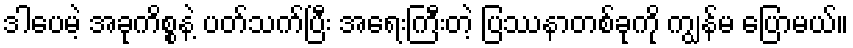
ဒါပေမဲ့ အခုကိစ္စနဲ့ ပတ်သက်ပြီး အရေးကြီးတဲ့ ပြဿနာတစ်ခုကို ကျွန်မ ပြောမယ်။